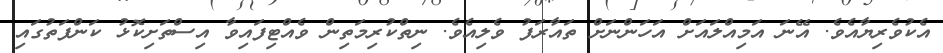
އެކުވެރިޔާއެވެ. އޭނަ އަމިއްލައަށް އަހަންނަށް ތައާރަފު ވެލިއެވެ. ނިތްކުރިމަތިން ވެއްޓިފައިވާ އިސްތަށިކޮޅު ކަންފަތުގައި